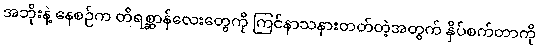
အဘိုးနဲ့ နေစဉ်က တိရစ္ဆာန်လေးတွေကို ကြင်နာသနားတတ်တဲ့အတွက် နှိပ်စက်တာကို